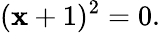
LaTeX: (\mathbf{x}+1)^{2}=0.